Vaccination in the Punjab 1883-1896 - 1883-1896
Year: 1883
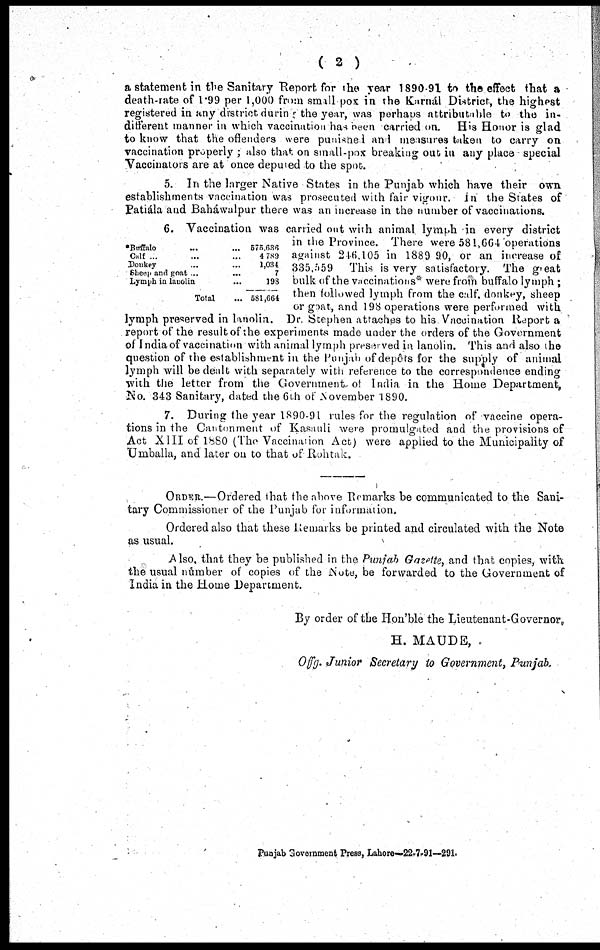
( 2 )
a statement in the Sanitary Report for the year 1890-91 to the effect that a
death-rate of 1.99 per 1,000 from small pox in the Karnál District, the highest
registered in any district during the year, was perhaps attributable to the in-
different manner in which vaccination has been carried on. His Honor is glad
to know that the offenders were punished and measures taken to carry on
vaccination properly ; also that on small-pox breaking out in any place special
Vaccinators are at once deputed to the spot.
5. In the larger Native States in the Punjab which have their own
establishments vaccination was prosecuted with fair vigour. In the States of
Patiála and Baháwalpur there was an increase in the number of vaccinations.
*Buffalo ... ...
Ca1f ... ...
Donkey ... ...
Sheep and goat ... ...
Lymph in lanolin ...
Total ...
575,636
4,789
1,034
7
198
581,664
6. Vaccination was carried out with animal lymph in every district
in the Province. There were 581,664 operations
against 246,105 in 1889 90, or an increase of
335,559
This is very satisfactory. The great
bulk of the vaccinations* were from buffalo lymph ;
then followed lymph from the calf, donkey, sheep
or goat, and 198 operations were performed with
lymph preserved in lanolin. Dr. Stephen attaches to his Vaccination Report a
report of the result of the experiments made under the orders of the Government
of India of vaccination with animal lymph preserved in lanolin. This and also the
question of the establishment in the Punjab of depôts for the supply of animal
lymph will be dealt with separately with reference to the correspondence ending
with the letter from the Government of India in the Home Department,
No. 343 Sanitary, dated the 6th of November 1890.
7. During the year 1890-91 rules for the regulation of vaccine opera-
tions in the Cantonment of Kasauli were promulgated and the provisions of
Act XIII of 1880 (The Vaccination Act) were applied to the Municipality of
Umballa, and later on to that of Rohtak.
ORDER.—Ordered that the above Remarks be communicated to the Sani-
tary Commissioner of the Punjab for information.
Ordered also that these Remarks be printed and circulated with the Note
as usual.
Also, that they be published in the Punjab Gazette, and that copies, with
the usual number of copies of the Note, be forwarded to the Government of
India in the Home Department.
By order of the Hon'ble the Lieutenant-Governor.
H. MAUDE,
Offg. Junior Secretary to Government, Punjab.
Punjab Government Press, Lahore—22-7-91—291.